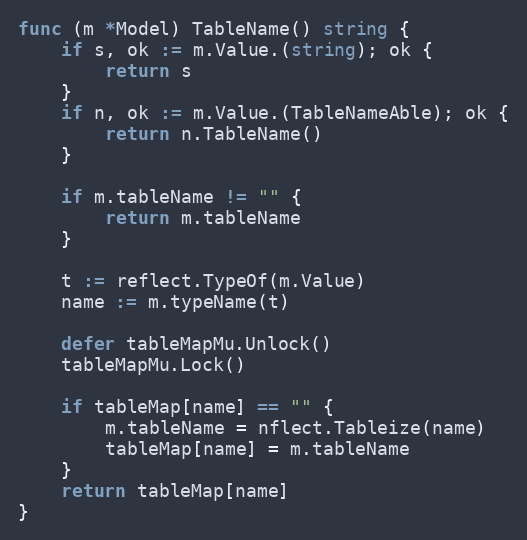
Language: Go
func (m *Model) TableName() string {
	if s, ok := m.Value.(string); ok {
		return s
	}
	if n, ok := m.Value.(TableNameAble); ok {
		return n.TableName()
	}

	if m.tableName != "" {
		return m.tableName
	}

	t := reflect.TypeOf(m.Value)
	name := m.typeName(t)

	defer tableMapMu.Unlock()
	tableMapMu.Lock()

	if tableMap[name] == "" {
		m.tableName = nflect.Tableize(name)
		tableMap[name] = m.tableName
	}
	return tableMap[name]
}